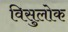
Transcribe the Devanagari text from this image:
विसुलोक